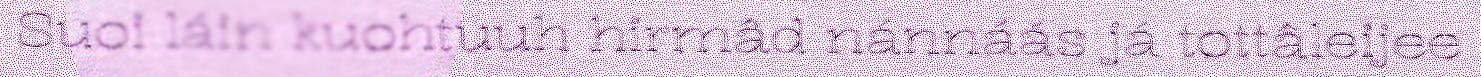
Suoi láin kuohtuuh hirmâd nánnáás já tottâleijee